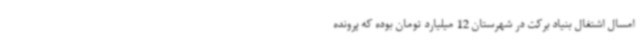
امسال اشتغال بنیاد برکت در شهرستان 12 میلیارد تومان بوده که پرونده